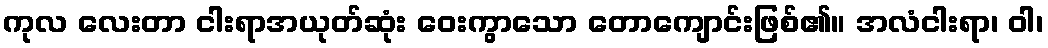
ကုလ လေးတာ ငါးရာအယုတ်ဆုံး ဝေးကွာသော တောကျောင်းဖြစ်၏။ အလံငါးရာ၊ ဝါ၊